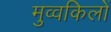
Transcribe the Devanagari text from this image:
मुव्वकिलों